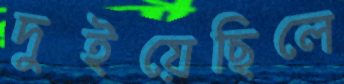
দুইয়েছিলে